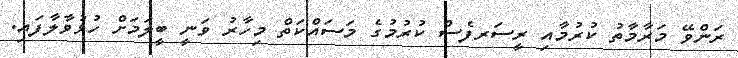
ރަންވޭ މަރާމާތު ކުރުމާއި ރީސަރފެސް ކުރުމުގެ މަސައްކަތް މިހާރު ވަނީ ބީލަމަށް ހުޅުވާލާފައި.